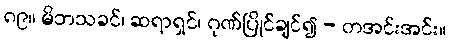
၈၉။ မိဘသခင်၊ ဆရာရှင်၊ ဂုဏ်ပြိုင်ချင်၍ - တအင်းအင်း။